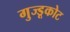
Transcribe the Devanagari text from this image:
गुज्डूकोट